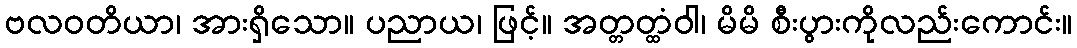
ဗလဝတိယာ၊ အားရှိသော။ ပညာယ၊ ဖြင့်။ အတ္တတ္ထံဝါ၊ မိမိ စီးပွားကိုလည်းကောင်း။